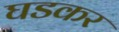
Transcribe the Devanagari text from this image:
घडकर